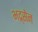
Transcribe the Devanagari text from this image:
भद्र्सेन